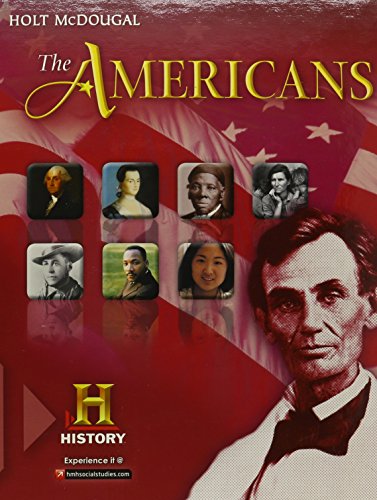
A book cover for The Americans: Student Edition Survey 2012; HOLT MCDOUGAL; Teen & Young Adult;